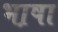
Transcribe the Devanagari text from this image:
भा़षा